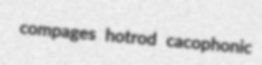
compages hotrod cacophonic